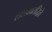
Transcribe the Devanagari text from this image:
लशक्वतद्धिते